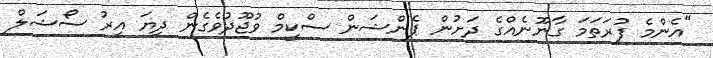
"އެންމެ ފުރަތަމަ ގާނޫނެއްގެ ދަށުން ޕެންޝަން ސްކީމް ވުޖޫދުވެގެން ދިޔަ އިރު ސޯޝަލް